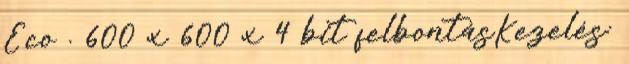
Eco . 600 x 600 x 4 bit felbontásKezelés: